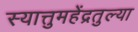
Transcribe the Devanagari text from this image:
स्यात्तुमहेंद्रतुल्या